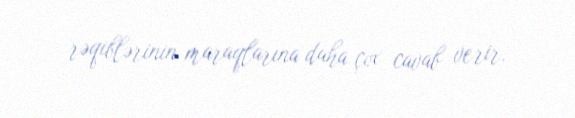
rəqiblərinin maraqlarına daha çox cavab verir.